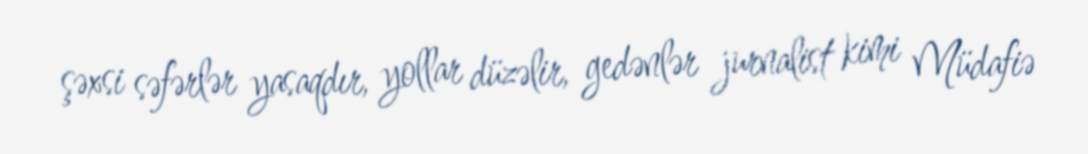
şəxsi səfərlər yasaqdır, yollar düzəlir, gedənlər jurnalist kimi Müdafiə